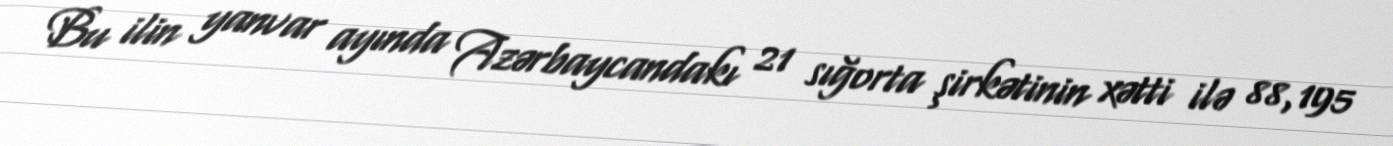
Bu ilin yanvar ayında Azərbaycandakı 21 sığorta şirkətinin xətti ilə 88,195